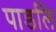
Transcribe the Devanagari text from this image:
पाडलि